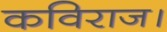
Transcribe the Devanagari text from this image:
कविराज।